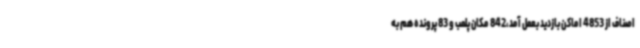
اصناف از 4853 اماکن بازدید بعمل آمد،842 مکان پلمب و 83 پرونده هم به